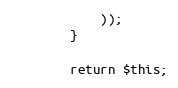
Language: PHP
            ));
        }

        return $this;